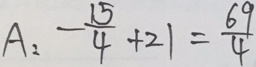
A : - \frac { 1 5 } { 4 } + 2 1 = \frac { 6 9 } { 4 }